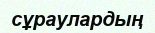
сұраулардың